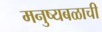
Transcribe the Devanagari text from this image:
मनुष्यबळाची